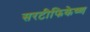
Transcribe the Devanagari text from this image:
सरटीफिकेष्ण